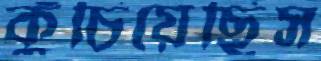
কুঁচিয়েছিস